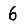
Digit: 6